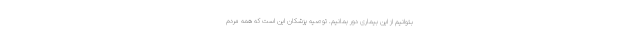
بتوانیم از این بیماری دور بمانیم. توصیه پزشکان این است که همه مردم